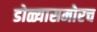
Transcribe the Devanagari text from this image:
डोळ्यासमोरच